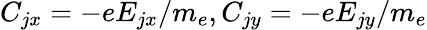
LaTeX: C_{jx}=-eE_{jx}/m_{e},C_{jy}=-eE_{jy}/m_{e}